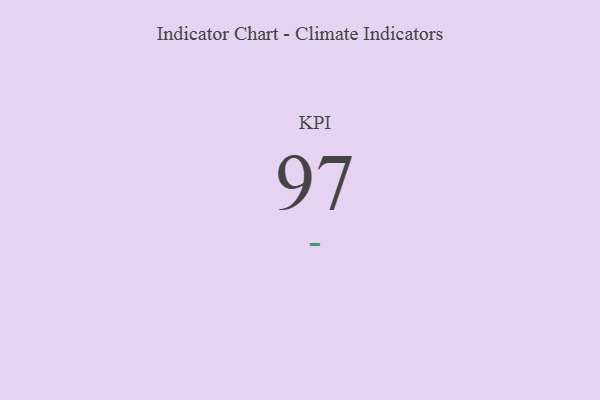
{"axis": {"x": "KPI", "y": "Value"}, "legend": [""], "data": [{"x": "KPI", "y": 97, "type": ""}]}